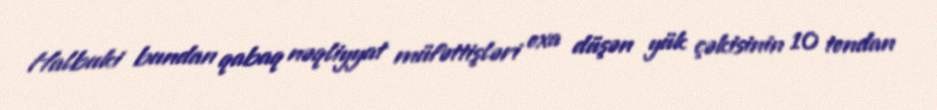
Halbuki bundan qabaq nəqliyyat müfəttişləri oxa düşən yük çəkisinin 10 tondan